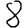
Digit: 8